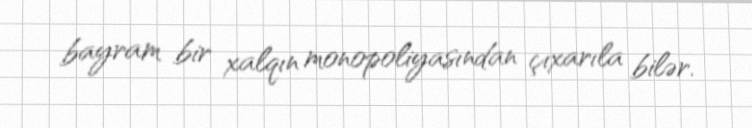
bayram bir xalqın monopoliyasından çıxarıla bilər.